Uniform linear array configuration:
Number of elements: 12
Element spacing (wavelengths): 1
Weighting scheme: hann
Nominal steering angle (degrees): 0
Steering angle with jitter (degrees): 1.676
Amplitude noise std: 0.05
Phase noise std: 0.05

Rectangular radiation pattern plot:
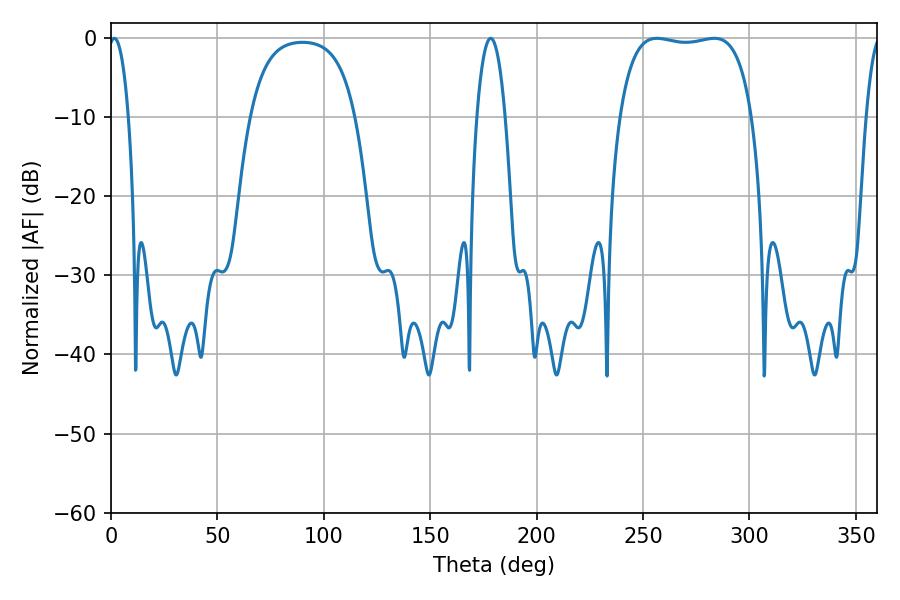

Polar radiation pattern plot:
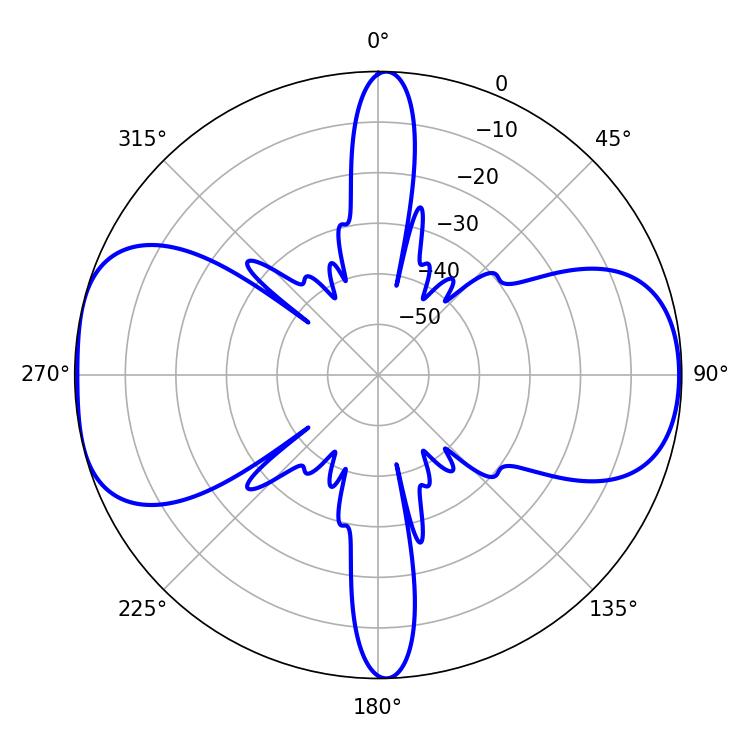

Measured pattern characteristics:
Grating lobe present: TRUE
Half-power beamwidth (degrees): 49.68
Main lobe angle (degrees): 256.5